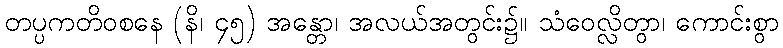
တပ္ပကတိဝစနေ (နိ၊ ၄၅) အန္တော၊ အလယ်အတွင်း၌။ သံဝေလ္လိတွာ၊ ကောင်းစွာ